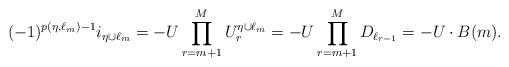
LaTeX: \begin{align*}(-1)^{p(\eta,\ell_m)-1} i_{\eta\cup \ell_m}=- U\prod_{r=m+1}^{M} U^{\eta\cup \ell_m}_{r} =- U\prod_{r=m+1}^{M} D_{\ell_{r-1}}= -U\cdot B(m).\end{align*}